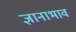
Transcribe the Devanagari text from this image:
ज्ञानाभाव